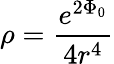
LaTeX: \rho=\frac{e^{2\Phi_{0}}}{4r^{4}}